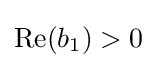
\mathrm {Re} (b_{1})>0